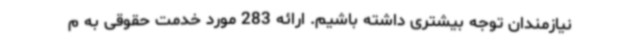
نیازمندان توجه بیشتری داشته باشیم. ارائه 283 مورد خدمت حقوقی به م